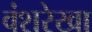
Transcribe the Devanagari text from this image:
वंशरेखा